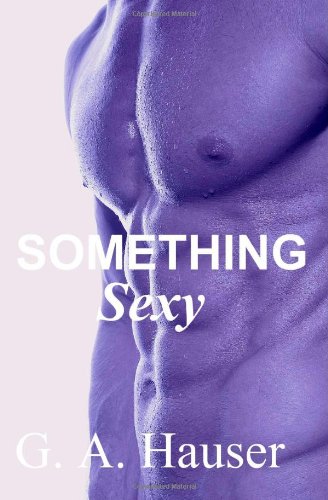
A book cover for Something Sexy: Book 8 in the Action! Series; G. A. Hauser; Romance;